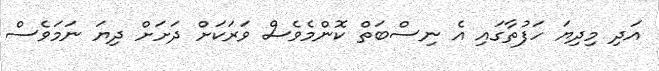
އަދި މިދިޔަ ހަފުތާގައި އެ ނިސްބަތް ކޮންމެވެސް ވަރަކަށް ދަށަށް ދިޔަ ނަމަވެސް